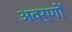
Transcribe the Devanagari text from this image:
अवर्णों